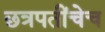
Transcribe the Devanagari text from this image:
छत्रपतींचेच